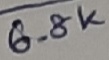
Text: 6.8K